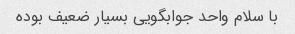
با سلام واحد جوابگویی بسیار ضعیف بوده